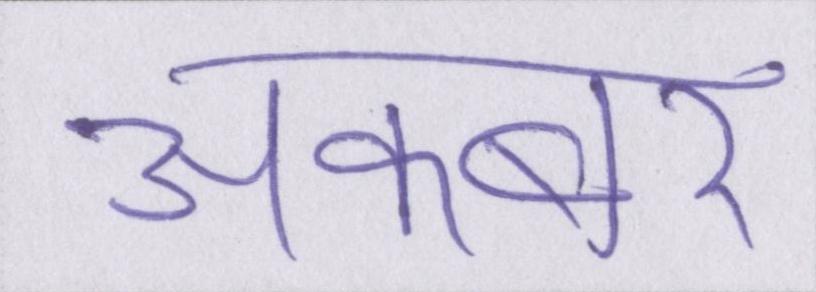
अकबर